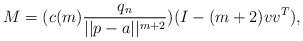
LaTeX: \begin{align*} M = (c(m)\frac{q_n}{\vert \vert p - a \vert \vert^{m+2}})(I - (m+2)vv^T), \end{align*}